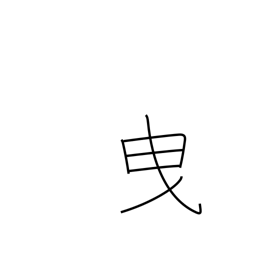
Meaning: admit